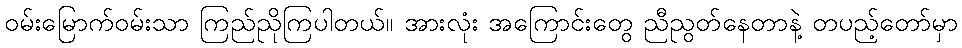
ဝမ်းမြောက်ဝမ်းသာ ကြည်ညိုကြပါတယ်။ အားလုံး အကြောင်းတွေ ညီညွတ်နေတာနဲ့ တပည့်တော်မှာ